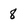
Character: 8